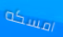
امسكه